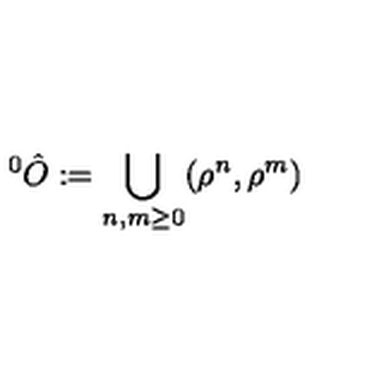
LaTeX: ^ { 0 } \hat { O } : = \bigcup _ { n , m \geq 0 } ( \rho ^ { n } , \rho ^ { m } )